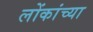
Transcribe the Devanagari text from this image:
लोंकांच्या